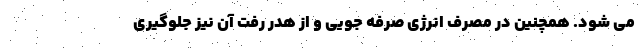
می شود. همچنین در مصرف انرژی صرفه جویی و از هدر رفت آن نیز جلوگیری